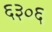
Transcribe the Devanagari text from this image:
६३०६